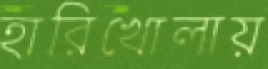
হারিখোলায়